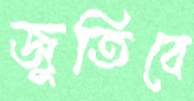
জুতিবে